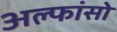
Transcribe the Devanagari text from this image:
अल्फांसो